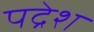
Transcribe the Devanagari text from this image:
पद्रेश